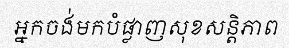
អ្នកចង់មកបំផ្លាញសុខសន្តិភាព